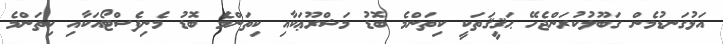
އަޅުގަނޑުމެން ގަބޫލުކުރަންޖެހޭ ޙަޤީޤަތަކީ ކިތަންމެ ބޮޑު މަޝްރޫޢަކާއި ކިތަންމެ ބޮޑު މެނިފެސްޓޯއަކާއި ކިތަންމެ